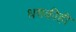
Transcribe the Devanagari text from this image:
धमकीही